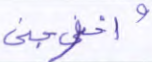
وأخرجني